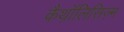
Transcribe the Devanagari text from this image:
कैथ़ॉलिसिज़्म